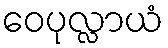
ဝေပုလ္လာယံ